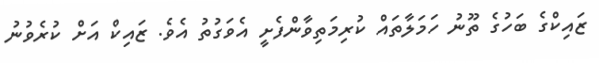
ޒައިކްގެ ބަހުގެ ތޫނު ހަމަލާތައް ކުރިމަތިވާންފެށީ އެވަގުތު އެވެ. ޒައިކް އަށް ކުރެވުނު